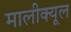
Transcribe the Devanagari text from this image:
मालीक्यूल